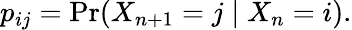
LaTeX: p_{ij}=\operatorname*{Pr}(X_{n+1}=j\mid X_{n}=i).